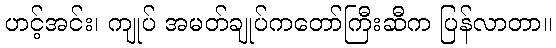
ဟင့်အင်း၊ ကျုပ် အမတ်ချုပ်ကတော်ကြီးဆီက ပြန်လာတာ။